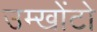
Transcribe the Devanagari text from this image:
उम्खोंटो